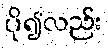
ပို၍လည်း